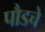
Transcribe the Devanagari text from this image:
पौडचे